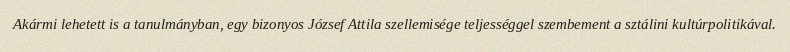
Akármi lehetett is a tanulmányban, egy bizonyos József Attila szellemisége teljességgel szembement a sztálini kultúrpolitikával.